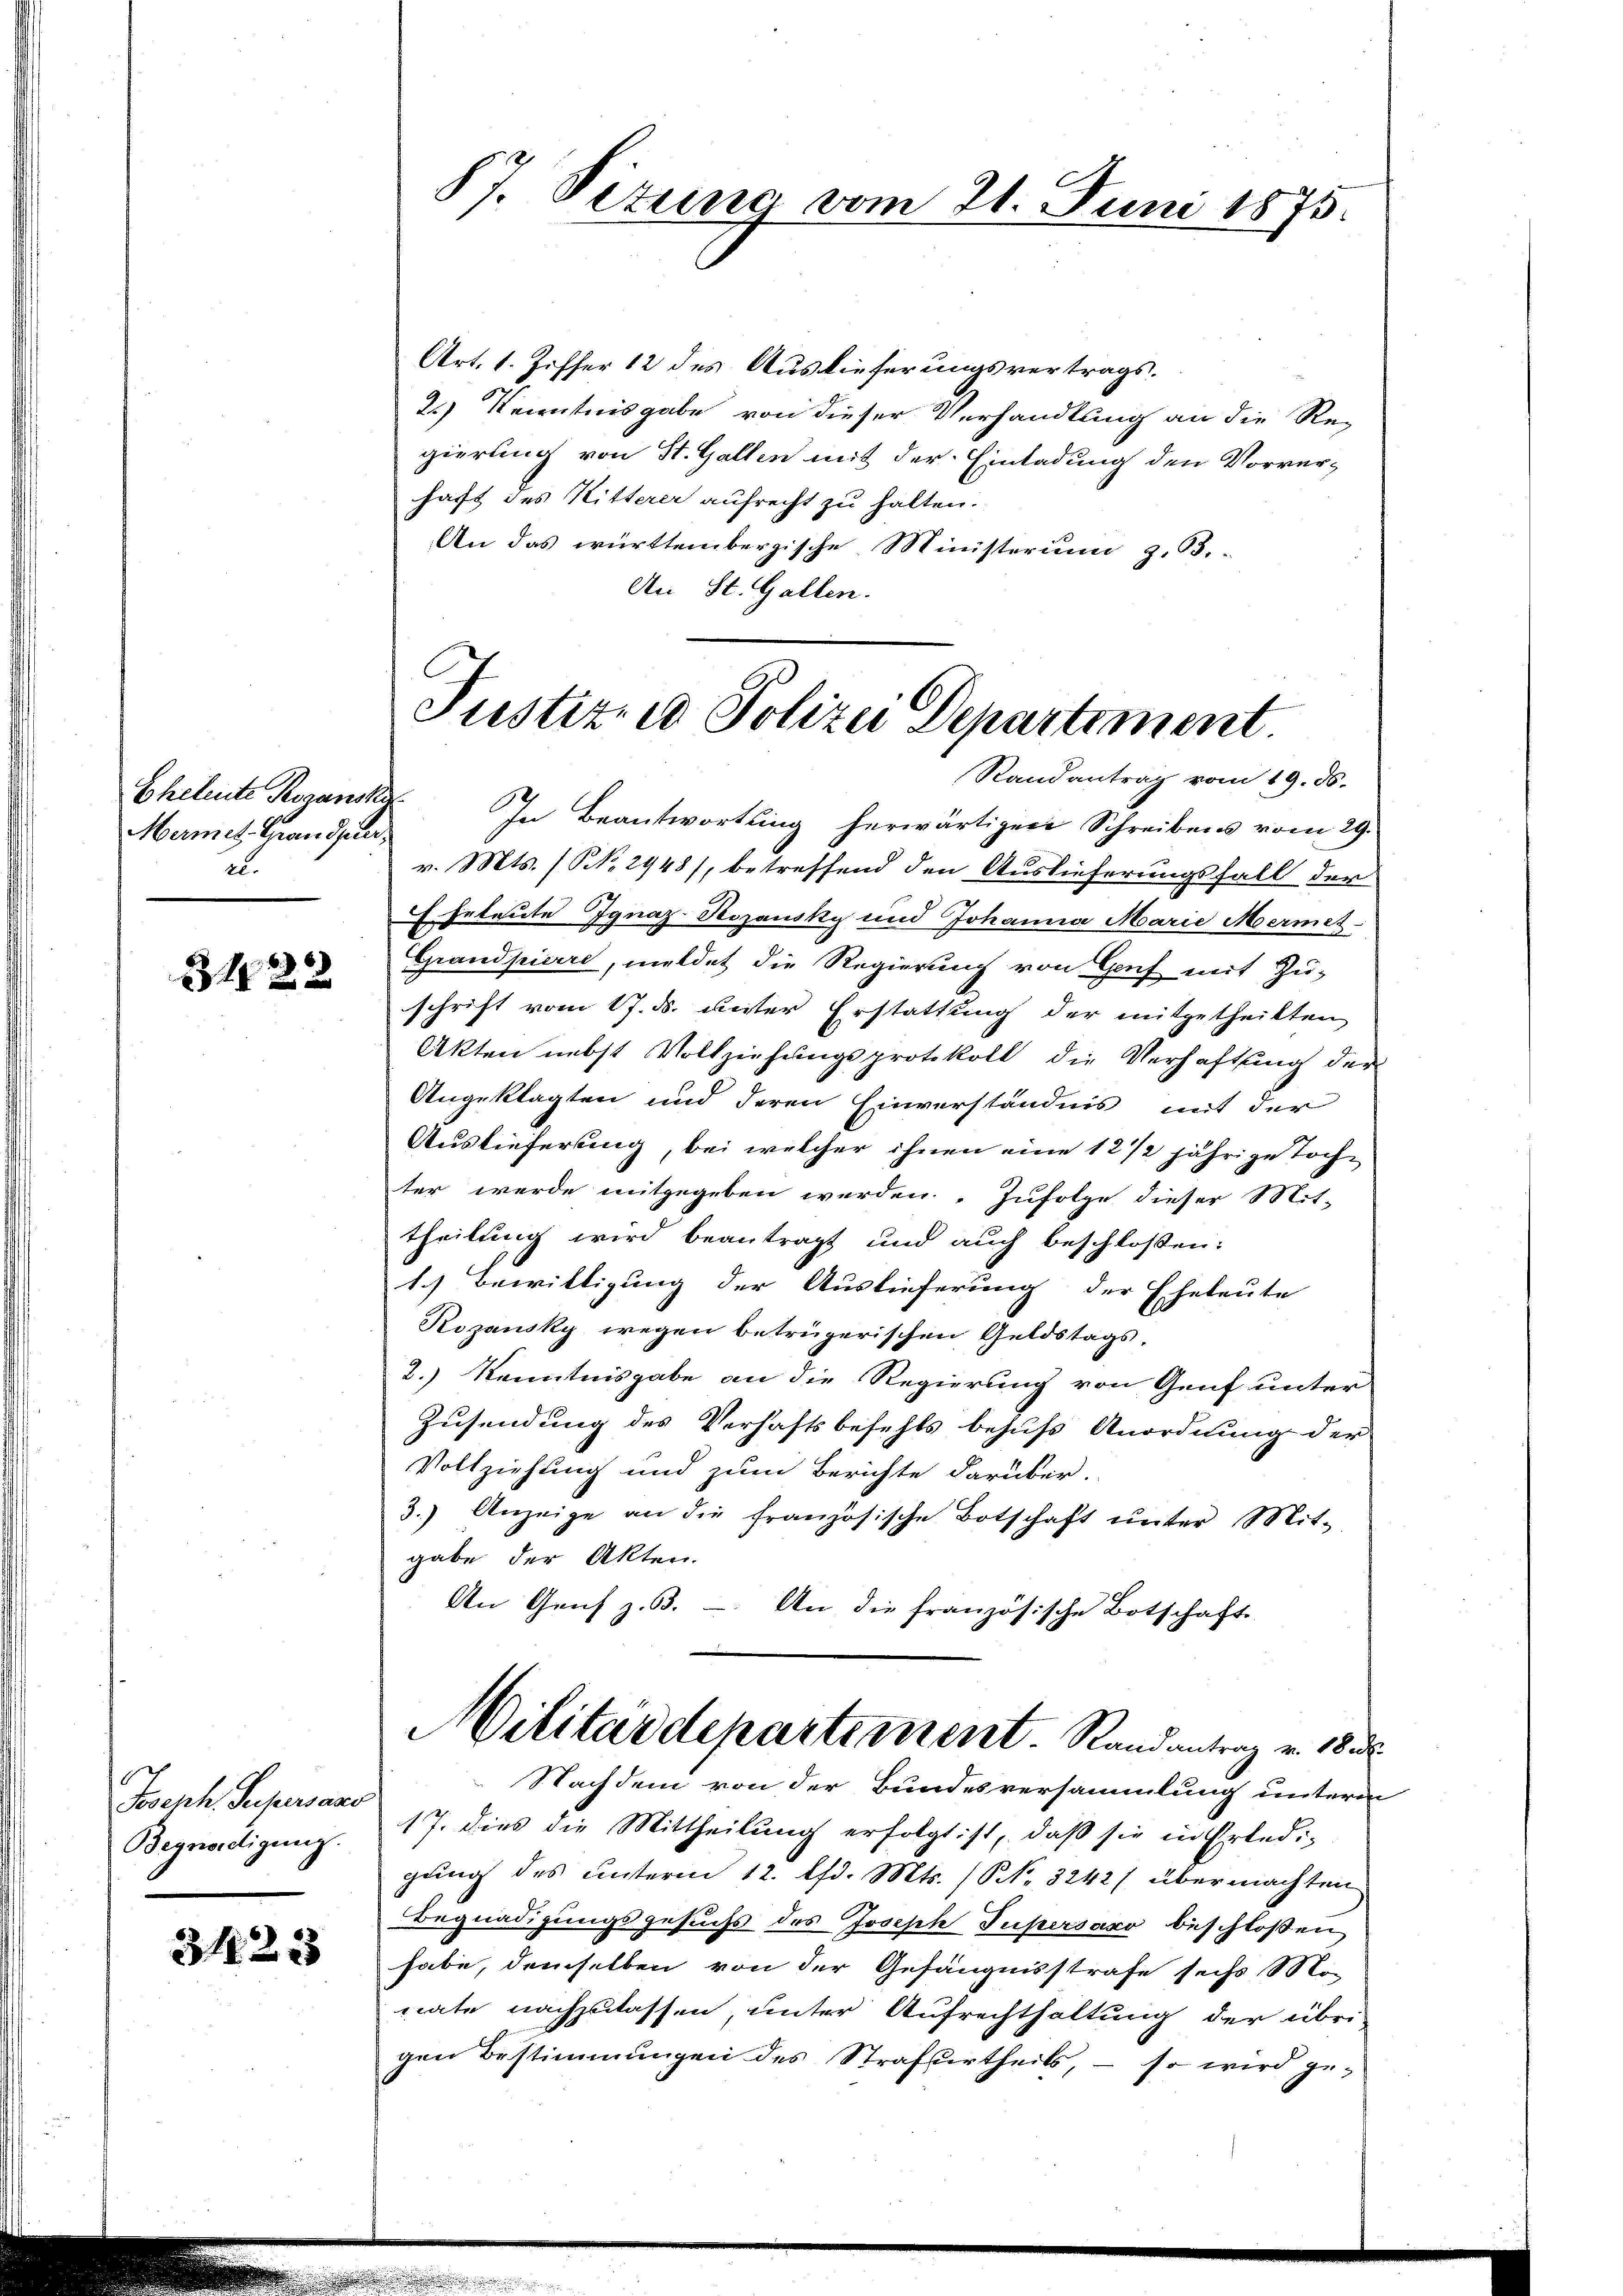
Eheleute Rozanski
Mannes Hander
2.

6
4 f 0

Joseph Supersans
Begnadigung.

3423

Art. 1. Ziffer 12 des Auslieferungsvertrags.
2.) Kenntnisgabe von dieser Verhandlung an die Re-
gierung von St. Gallen mit der Einladung den Vorverhaft des Mitterer aufrecht zu halten.
An das württembergische Ministerium z. B.
An St. Gallen.

87. Titung vom 21. Juni 1875.

v. Mts. (S. 2448/, betreffend den Auslieferungsfall der
Eheleute Ignaz Rozansky und Johanna Marie Mermet
Grandpierre, meldet die Regierung von Genf mit Zu-
schrift vom 17. ds. unter Erstattung der mitgetheilten
Akten nebst Vollziehungsprotokoll die Verhaftung der
Angeklagten und deren Einverständnis mit der
Auslieferung, bei welcher ihnen eine 12 1/2 jährige Toch-
ter werde mitgegeben werden. Zufolge dieser Mit-
theilung wird beantragt und auch beschloßen:
1.) Bewilligung der Auslieferung der Eheleute
Rezansky wegen betrügerischen Geldstags-
2.) Kenntnisgabe an die Regierung von Genf unter
Zusendung des Verhaftsbefehls behufs Anordnung der
Vollziehung und zum Berichte darüber.
3.) Anzeige an die französische Botschaft ŭnter Mit-
gabe der Akten.
An Genf z. B.
An die französische Botschaft

Justiz- u Polizei Departement
Randantrag vom 19. ds.
In Beantwortung herwärtiger Schreibens vom 29.

Nachdem von der Bundesversammlung unterm
17. dies die Mittheilung erfolgt ist, daß sie in Erledi-
gung des unterm 12. lfd. Mts. (S. 3242/ übermachten
Begnadigungsgesuchs des Joseph Tupersano beschloßen
habe, demselben von der Gefängnisstrafe sechs Mo-
nate nachzulassen, unter Aufrechthaltung der übri-
gen Bestimmungen des Strafurtheils, – so wird ge-

Militärdepartement. Randantrag v. 18 u.